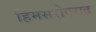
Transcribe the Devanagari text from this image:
हिमसरोवरात